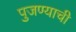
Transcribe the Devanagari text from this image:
पुजण्याची